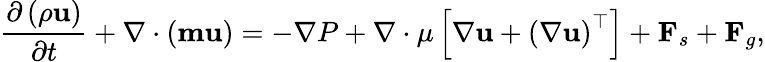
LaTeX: \frac{\partial\left(\rho\mathbf{u}\right)}{\partial t}+\nabla\cdot\left(\mathbf{m}\mathbf{u}\right)=-\nabla P+\nabla\cdot\mu\left[\nabla\mathbf{u}+\left(\nabla\mathbf{u}\right)^{\top}\right]+\mathbf{F}_{s}+\mathbf{F}_{g},